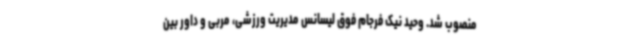
منصوب شد. وحید نیک فرجام فوق لیسانس مدیریت ورزشی، مربی و داور بین